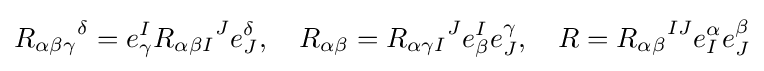
{R_{\alpha \beta \gamma }}^{\delta }=e_{\gamma }^{I}{R_{\alpha \beta I}}^{J}e_{J}^{\delta },\quad R_{\alpha \beta }={R_{\alpha \gamma I}}^{J}e_{\beta }^{I}e_{J}^{\gamma },\quad R={R_{\alpha \beta }}^{IJ}e_{I}^{\alpha }e_{J}^{\beta }